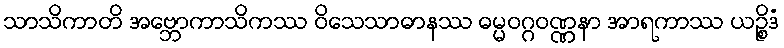
သာသိကာတိ အဗ္ဘောကာသိကဿ ဝိသေသာဓာနဿ ဓမ္မဝဂ္ဂဝဏ္ဏနာ အာရကာဿ ယဉ္စိဒံ